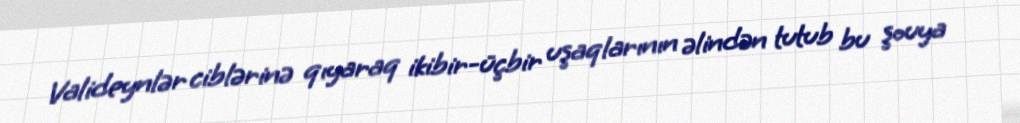
Valideynlər ciblərinə qıyaraq ikibir-üçbir uşaqlarının əlindən tutub bu şouya